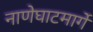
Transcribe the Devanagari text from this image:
नाणेघाटमार्गे